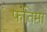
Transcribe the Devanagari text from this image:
फतिमा